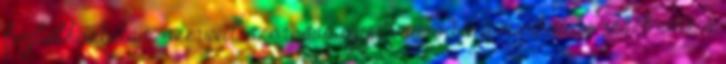
foglalkoztatási szervvel szorosan együttműködve a munkaadó részt vesz a